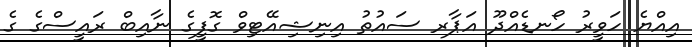
އިއްޔެ ހަވީރު ހޯނޑެއްދޫ އަޕާރ ސައުތު އިނިޝިއޭޓިވް ގޮފީގެ ނާއިބް ރައީސްގެ ގެ